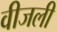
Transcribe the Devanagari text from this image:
वीजली